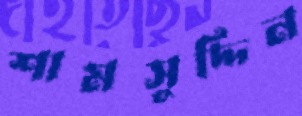
শামসুদ্দিন